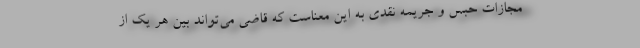
مجازات حبس و جریمه نقدی به این معناست که قاضی می‌تواند بین هر یک از